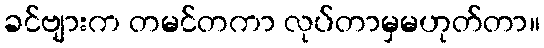
ခင်ဗျားက တမင်တကာ လုပ်တာမှမဟုတ်တာ။